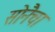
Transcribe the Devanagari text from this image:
सोनैचा